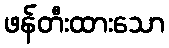
ဖန်တီးထားသော